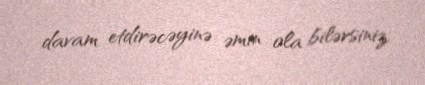
davam etdirəcəyinə əmin ola bilərsiniz.